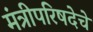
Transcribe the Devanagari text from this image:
मंत्रीपरिषदेचे